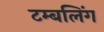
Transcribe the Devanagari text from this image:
टम्बलिंग